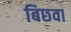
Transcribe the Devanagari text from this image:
बिछवा